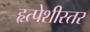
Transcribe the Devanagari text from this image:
हृत्पेशीस्तर